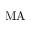
\mathrm { M A }